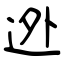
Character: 迯